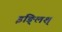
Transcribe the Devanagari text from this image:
इङ्लिश्